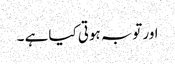
اور توبہ ہوتی کیا ہے ۔